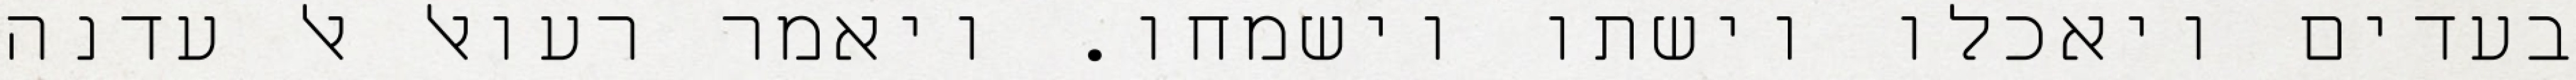
בעדים ויאכלו וישתו וישמחו. ויאמר רעואל אל עדנה